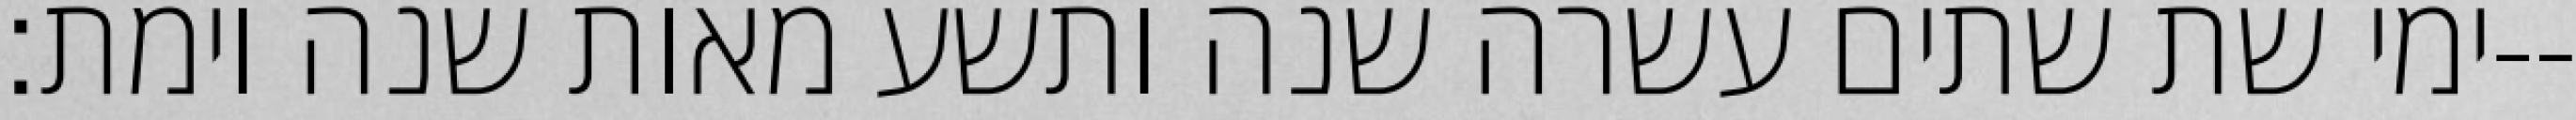
ימי שת שתים עשרה שנה ותשע מאות שנה וימת׃--